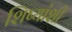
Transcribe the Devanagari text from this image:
शिष्यांशी